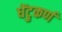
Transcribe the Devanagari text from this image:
घेंटुकर्ण